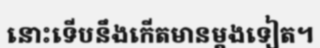
នោះទើបនឹងកើតមានម្តងទៀត។